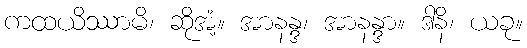
ကထယိဿာမိ၊ ဆိုအံ့။ အာနန္ဒ၊ အာနန္ဒာ။ ဒါနိ၊ ယခု။